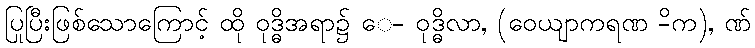
ပြုပြီးဖြစ်သောကြောင့် ထို ဝုဒ္ဓိအရာ၌ ေ- ဝုဒ္ဓိလာ, (ဝေယျာကရဏ -ိက), ဏ်